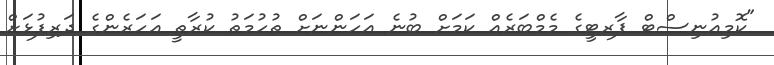
"ކޮމިއުނިސްޓް ޕާރޓީގެ މެމްބަރެއް ކަމަށް ބުނެ އަހަންނަށް ތުހުމަތު ކުރާތީ އަހަރެންގެ ދަރިފުޅަށް